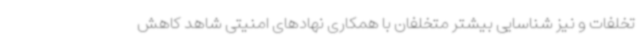
تخلفات و نیز شناسایی بیشتر متخلفان با همکاری نهادهای امنیتی شاهد کاهش